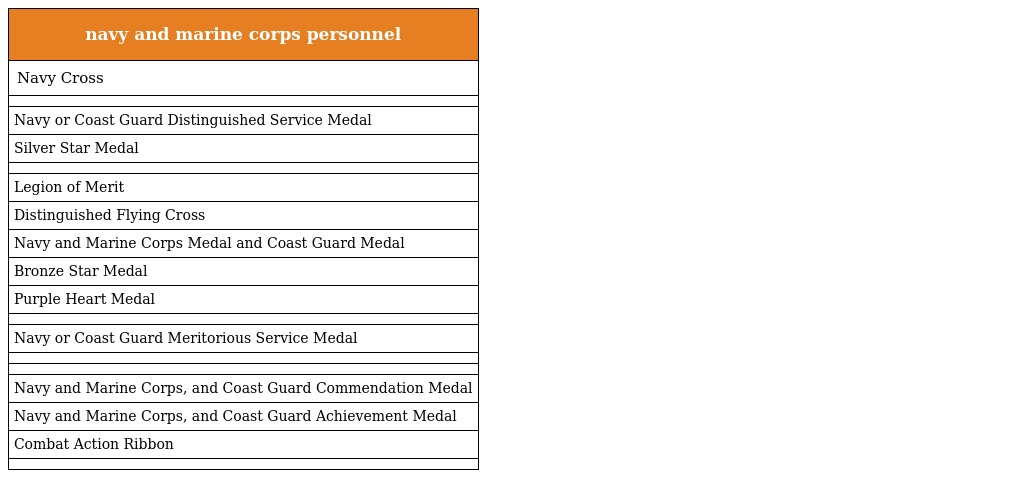
| navy and marine corps personnel |
 | --- |
 | Navy Cross |
 |  |
 | Navy or Coast Guard Distinguished Service Medal |
 | Silver Star Medal |
 |  |
 | Legion of Merit |
 | Distinguished Flying Cross |
 | Navy and Marine Corps Medal and Coast Guard Medal |
 | Bronze Star Medal |
 | Purple Heart Medal |
 |  |
 | Navy or Coast Guard Meritorious Service Medal |
 |  |
 |  |
 | Navy and Marine Corps, and Coast Guard Commendation Medal |
 | Navy and Marine Corps, and Coast Guard Achievement Medal |
 | Combat Action Ribbon |
 |  |